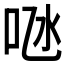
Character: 𠱁